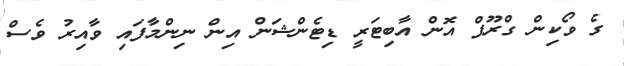
ގެ ވޯކިން ގްރޫޕް އޮން އާބިޓަރީ ޑިޓެންޝަން އިން ނިންމާފައި ވާއިރު ވެސް